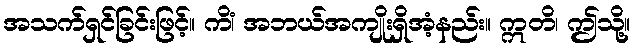
အသက်ရှင်ခြင်းဖြင့်။ ကိံ၊ အဘယ်အကျိုးရှိအံ့နည်း။ ဣတိ၊ ဤသို့။